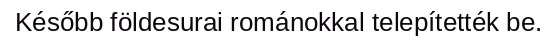
Később földesurai románokkal telepítették be.